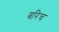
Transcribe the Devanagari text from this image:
बरिच